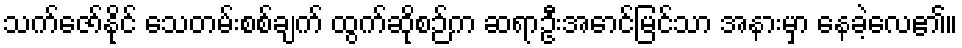
သက်ဇော်နိုင် သေတမ်းစစ်ချက် ထွက်ဆိုစဉ်က ဆရာဦးအောင်မြင်သာ အနားမှာ နေခဲ့လေ၏။